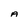
Character: A